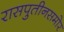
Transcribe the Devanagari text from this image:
रासपुतीनसमोर